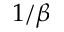
1 / \beta